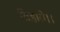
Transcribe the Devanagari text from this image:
तिहारो।।